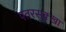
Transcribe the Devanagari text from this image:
पतरसुक्खा